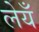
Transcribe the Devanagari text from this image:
लेयँ